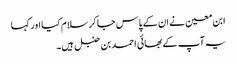
ابن معین نے ان کے پاس جا کر سلام کیا اور کہا
یہ آپ کے بھائی احمد بن حنبل ہیں۔